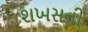
શખસની